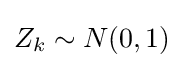
Z_{k}\sim N(0,1)